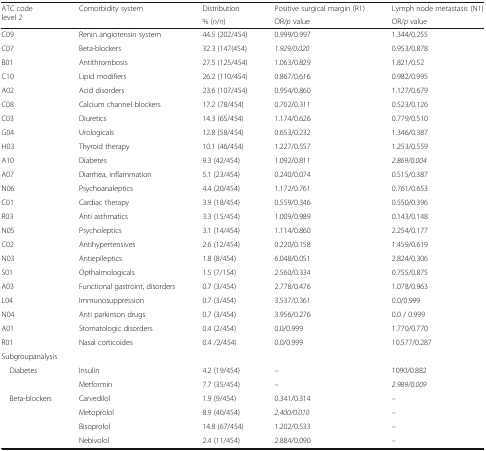
<table><thead><tr><td rowspan="2"><b>ATC code level 2</b></td><td rowspan="2"><b>Comorbidity system</b></td><td><b>Distribution</b></td><td><b>Positive surgical margin (R1)</b></td><td><b>Lymph node metastasis (N1)</b></td></tr><tr><td><b>% (<i>n</i>/<i>n</i>)</b></td><td><b>OR/<i>p</i> value</b></td><td><b>OR/<i>p</i> value</b></td></tr></thead><tbody><tr><td>C09</td><td>Renin angiotensin system</td><td>44.5 (202/454)</td><td>0.999/0.997</td><td>1.344/0.255</td></tr><tr><td>C07</td><td>Beta-blockers</td><td>32.3 (147(454)</td><td><i>1.929/0.020</i></td><td>0.953/0.878</td></tr><tr><td>B01</td><td>Antithrombosis</td><td>27.5 (125/454)</td><td>1.063/0.829</td><td>1.821/0.52</td></tr><tr><td>C10</td><td>Lipid modifiers</td><td>26.2 (110/454)</td><td>0.867/0.616</td><td>0.982/0.995</td></tr><tr><td>A02</td><td>Acid disorders</td><td>23.6 (107/454)</td><td>0.954/0.860</td><td>1.127/0.679</td></tr><tr><td>C08</td><td>Calcium channel blockers</td><td>17.2 (78/454)</td><td>0.702/0.311</td><td>0.523/0.126</td></tr><tr><td>C03</td><td>Diuretics</td><td>14.3 (65/454)</td><td>1.174/0.626</td><td>0.779/0.510</td></tr><tr><td>G04</td><td>Urologicals</td><td>12.8 (58/454)</td><td>0.653/0.232</td><td>1.346/0.387</td></tr><tr><td>H03</td><td>Thyroid therapy</td><td>10.1 (46/454)</td><td>1.227/0.557</td><td>1.253/0.559</td></tr><tr><td>A10</td><td>Diabetes</td><td>9.3 (42/454)</td><td>1.092/0.811</td><td><i>2.869/0.004</i></td></tr><tr><td>A07</td><td>Diarrhea, inflammation</td><td>5.1 (23/454)</td><td>0.240/0.074</td><td>0.515/0.387</td></tr><tr><td>N06</td><td>Psychoanaleptics</td><td>4.4 (20/454)</td><td>1.172/0.761</td><td>0.761/0.653</td></tr><tr><td>C01</td><td>Cardiac therapy</td><td>3.9 (18/454)</td><td>0.559/0.346</td><td>0.550/0.396</td></tr><tr><td>R03</td><td>Anti asthmatics</td><td>3.3 (15/454)</td><td>1.009/0.989</td><td>0.143/0.148</td></tr><tr><td>N05</td><td>Psycholeptics</td><td>3.1 (14/454)</td><td>1.114/0.860</td><td>2.254/0.177</td></tr><tr><td>C02</td><td>Antihypertensives</td><td>2.6 (12/454)</td><td>0.220/0.158</td><td>1.459/0.619</td></tr><tr><td>N03</td><td>Antiepileptics</td><td>1.8 (8/454)</td><td>6.048/0.051</td><td>2.824/0.306</td></tr><tr><td>S01</td><td>Opthalmologicals</td><td>1.5 (7/154)</td><td>2.560/0.334</td><td>0.755/0.875</td></tr><tr><td>A03</td><td>Functional gastroint, disorders</td><td>0.7 (3/454)</td><td>2.778/0.476</td><td>1.078/0.963</td></tr><tr><td>L04</td><td>Immunosuppression</td><td>0.7 (3/454)</td><td>3.537/0.361</td><td>0.0/0.999</td></tr><tr><td>N04</td><td>Anti parkinson drugs</td><td>0.7 (3/454)</td><td>3.956/0.276</td><td>0.0 / 0.999</td></tr><tr><td>A01</td><td>Stomatologic disorders</td><td>0.4 (2/454)</td><td>0.0/0.999</td><td>1.770/0.770</td></tr><tr><td>R01</td><td>Nasal corticoides</td><td>0.4 /2/454)</td><td>0.0/0.999</td><td>10.577/0.287</td></tr><tr><td colspan="5">Subgroupanalysis</td></tr><tr><td rowspan="2"> Diabetes</td><td>Insulin</td><td>4.2 (19/454)</td><td>–</td><td>1090/0.882</td></tr><tr><td>Metformin</td><td>7.7 (35/454)</td><td>–</td><td><i>2.989/0.009</i></td></tr><tr><td rowspan="4"> Beta-blockers</td><td>Carvedilol</td><td>1.9 (9/454)</td><td>0.341/0.314</td><td>–</td></tr><tr><td>Metoprolol</td><td>8.9 (40/454)</td><td><i>2.400/0.010</i></td><td>–</td></tr><tr><td>Bisoprolol</td><td>14.8 (67/454)</td><td>1.202/0.533</td><td>–</td></tr><tr><td>Nebivolol</td><td>2.4 (11/454)</td><td>2.884/0.090</td><td>–</td></tr></tbody></table>